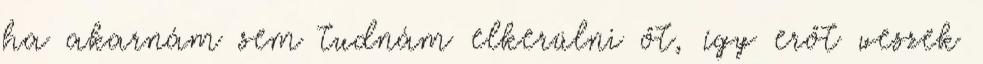
ha akarnám sem tudnám elkerülni őt, így erőt veszek